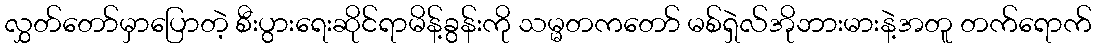
လွှတ်တော်မှာပြောတဲ့ စီးပွားရေးဆိုင်ရာမိန့်ခွန်းကို သမ္မတကတော် မစ်ရှဲလ်အိုဘားမားနဲ့အတူ တက်ရောက်